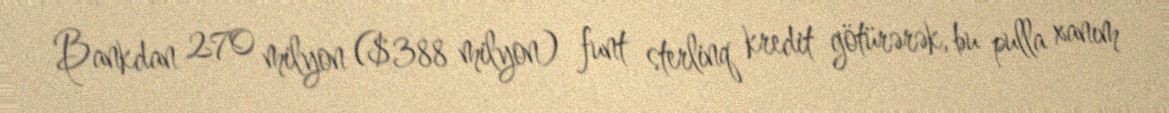
Bankdan 270 milyon ($388 milyon) funt sterlinq kredit götürərək, bu pulla xanım